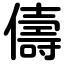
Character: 儔